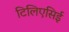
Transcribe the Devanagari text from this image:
टिलिएसिई